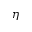
\eta